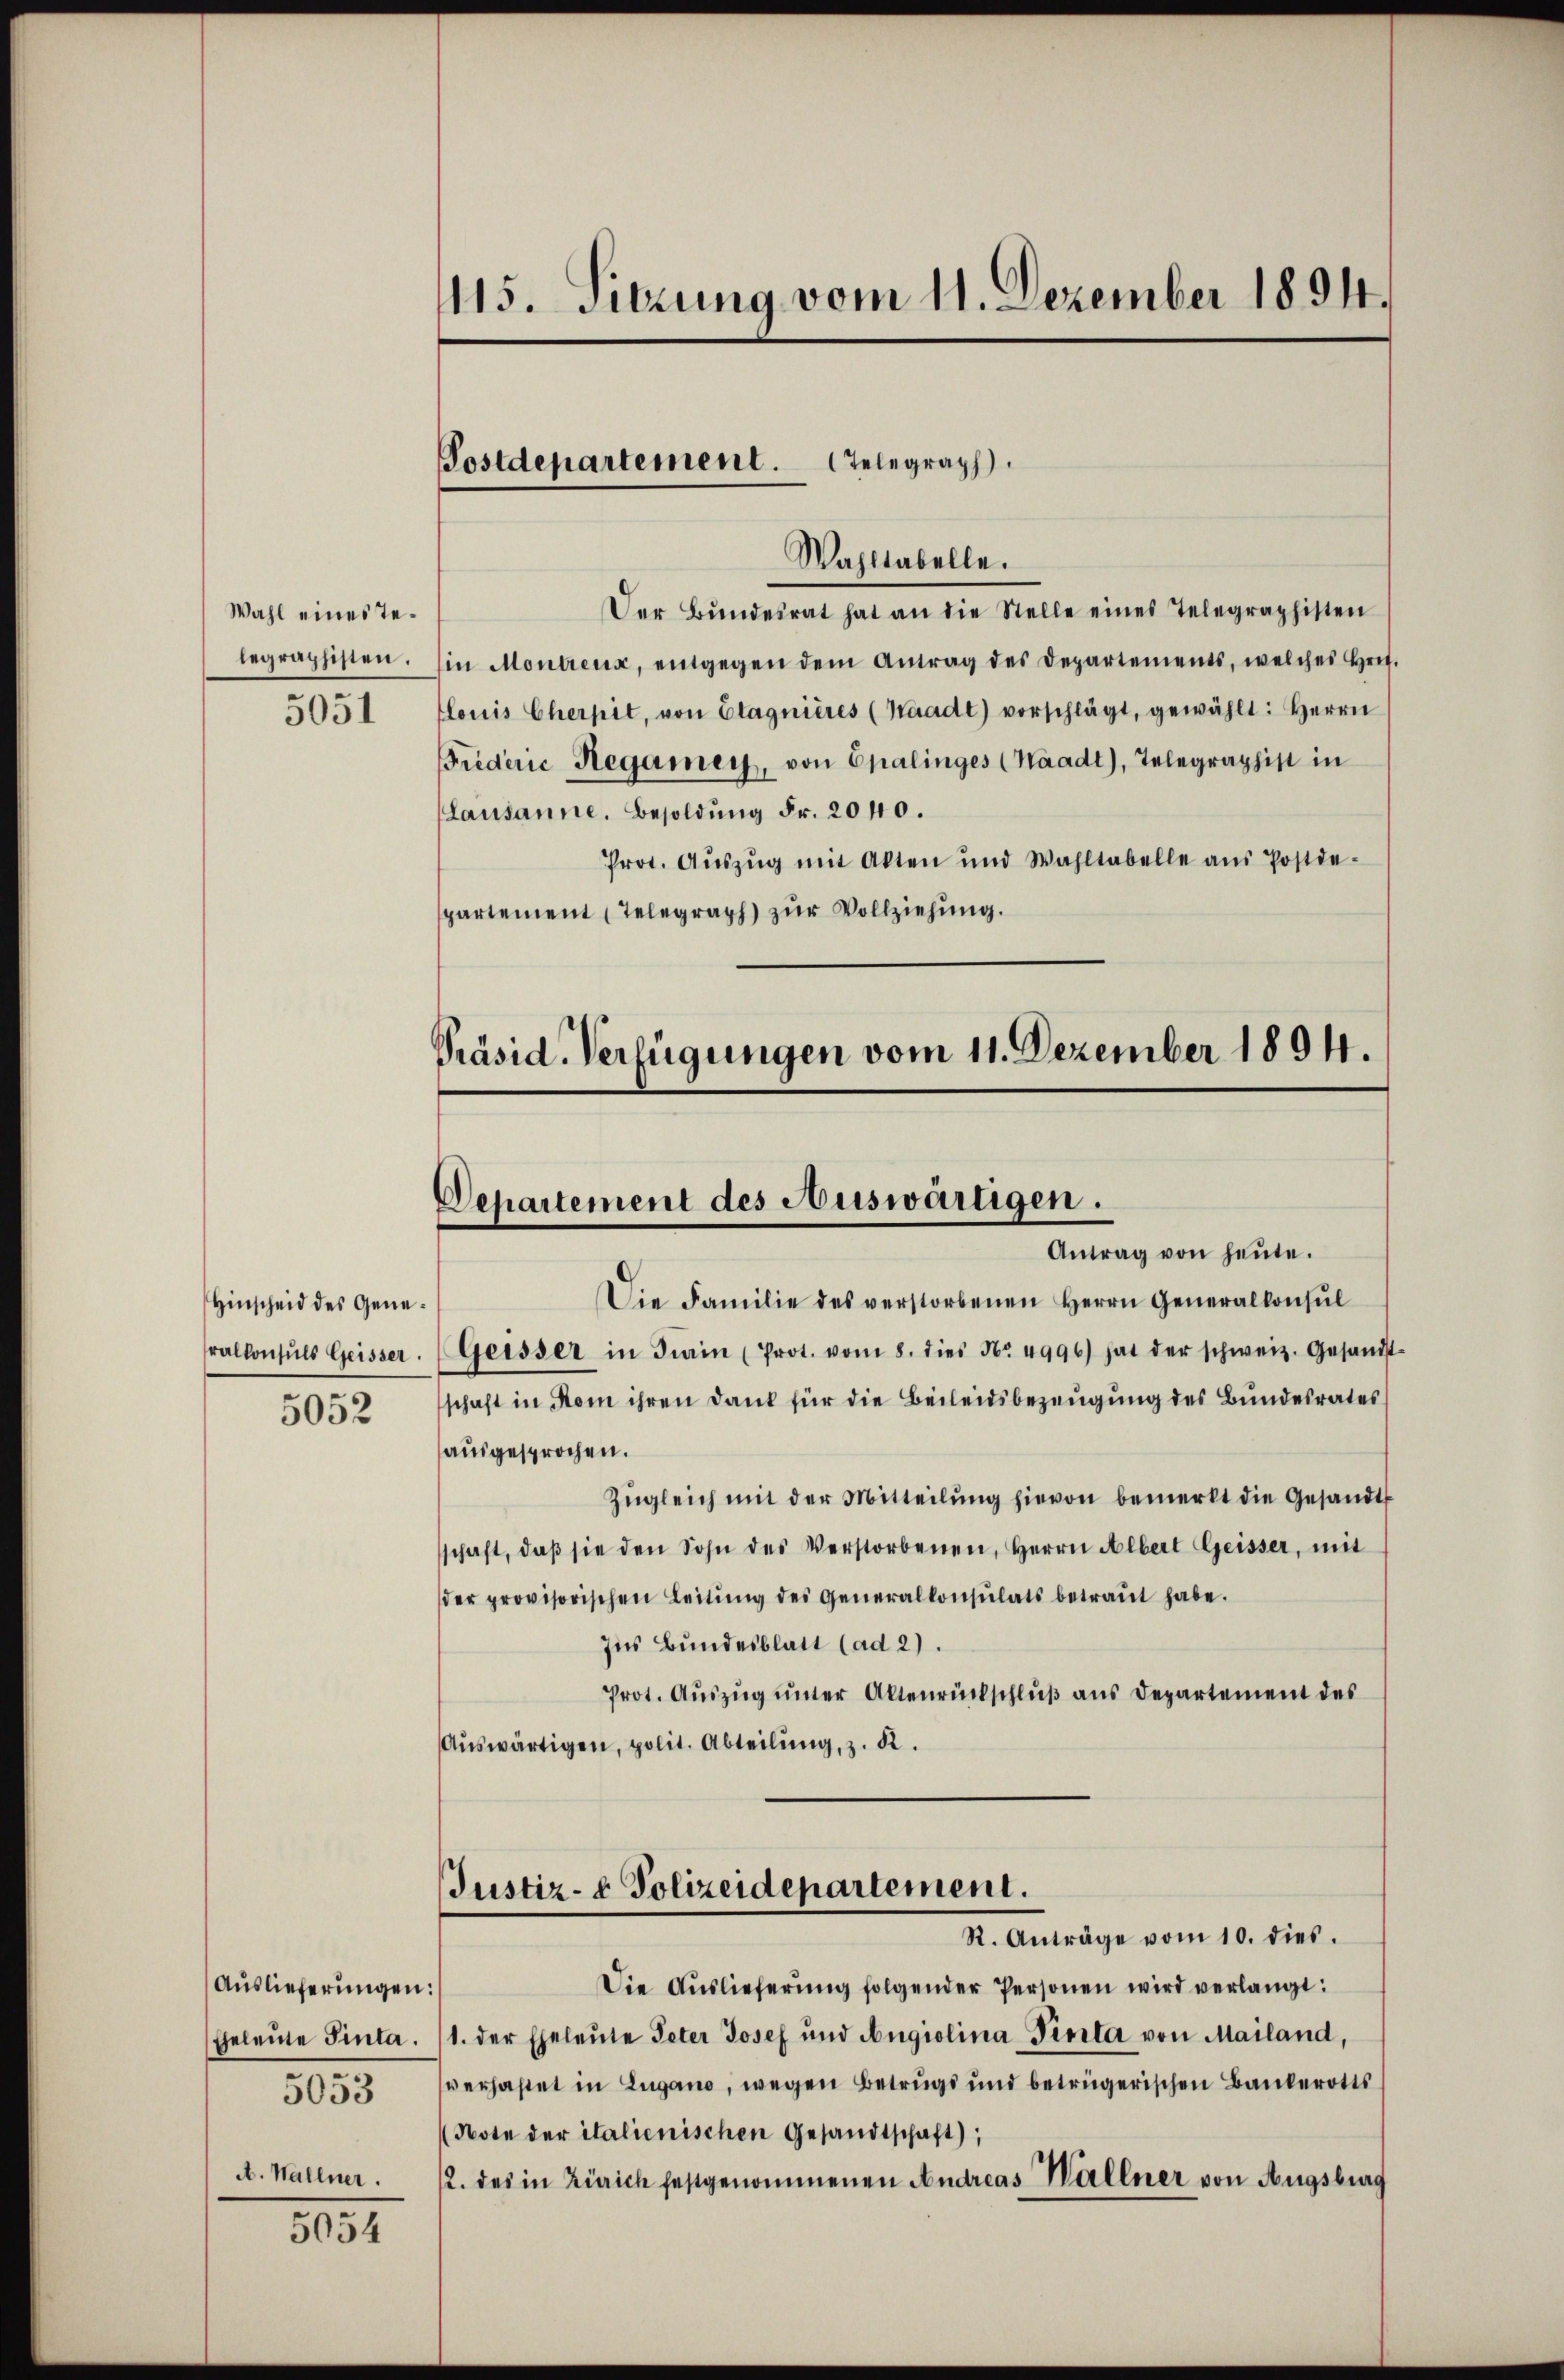
Wahl eines Te¬

5051

Hinscheid des Gene¬

5052

Auslieferungen
Eheleute Sinta.
5053
A. Wallner.

5054

1115. Sitzung vom 11. Dezember 1894.

Der Bŭndesrat hat an die Stelle eines Telegraphisten
legraphisten. Ein Montreux, entgegen dem Antrag des Departements, welches Hrit.
louis Cherpit, von Etagnières (Waadt) vorschlägt, gewählt: Herrn
Friderie Hegamen, von Epalinges (Waadt, Telegraphist in
Lausanne. Besoldŭng Fr. 2040.
Prot. Aŭszŭg mit Akten und Wahltabelle aŭs Postde-
partement (Telegraph) zŭr Vollziehung.

Postdepartement. Telegraph
Wahltabelle.

Präsid-Verfügungen vom 11. Dezember 1894.
Departement des Auswärtigen.
Antrag von heute.

Die Familie des verstorbenen Herrn Generalkonsŭl
ralkonsuls Geisser. Geisser in Turin (Prot. vom 8. dies No 4996) hat der schweiz. Gesandt-
schaft in Rom ihren Dank für die Beileidsbezeugung des Bundesrates
ausgesprochen.
Zŭgleich mit der Mitteilŭng hievon bemerkt die Gesandt
schaft, daβ sie den Sohn des Verstorbenen, Herrn Albert Geisser, mit
der provisorischen Leitŭng des Generalkonsulats betraŭt habe.
Ins Bundesblatt (ad 2).
Prot. Auszug unter Altenrückschluß aus Departement des
Aŭswärtigen, polit. Abteilŭng, z. B.

Justiz- & Polizeidepartement.
R. Anträge vom 10. dies.

Die Auslieferung folgender Personen wird verlangt:
)
1. der Eheleute Peter Josef und Angiolina Pinta von Mailand,
verhaftet in Lugano, wegen Betrugs und betrügerischen Bankerotts
Note der italienischen Gesandtschaft),
2. des in Zürich festgenommenen Andreas Wallner von Augsburg